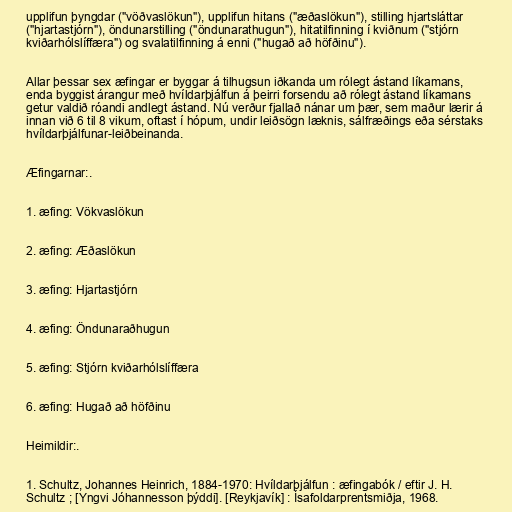
upplifun þyngdar ("vöðvaslökun"), upplifun hitans ("æðaslökun"), stilling hjartsláttar
("hjartastjórn"), öndunarstilling ("öndunarathugun"), hitatilfinning í kviðnum ("stjórn
kviðarhólslíffæra") og svalatilfinning á enni ("hugað að höfðinu").

Allar þessar sex æfingar er byggar á tilhugsun iðkanda um rólegt ástand líkamans,
enda byggist árangur með hvíldarþjálfun á þeirri forsendu að rólegt ástand líkamans
getur valdið róandi andlegt ástand. Nú verður fjallað nánar um þær, sem maður lærir á
innan við 6 til 8 vikum, oftast í hópum, undir leiðsögn læknis, sálfræðings eða sérstaks
hvíldarþjálfunar-leiðbeinanda.

Æfingarnar:.

1. æfing: Vökvaslökun

2. æfing: Æðaslökun

3. æfing: Hjartastjórn

4. æfing: Öndunaraðhugun

5. æfing: Stjórn kviðarhólslíffæra

6. æfing: Hugað að höfðinu

Heimildir:.

1. Schultz, Johannes Heinrich, 1884-1970: Hvíldarþjálfun : æfingabók / eftir J. H.
Schultz ; [Yngvi Jóhannesson þýddi]. [Reykjavík] : Ísafoldarprentsmiðja, 1968.